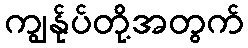
ကျွန်ုပ်တို့အတွက်